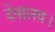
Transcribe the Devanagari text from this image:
देवालय।